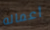
أعماله